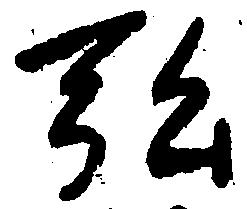
弘